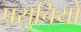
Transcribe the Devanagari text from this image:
प्रसुचियों